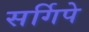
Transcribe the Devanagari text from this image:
सर्गिपे